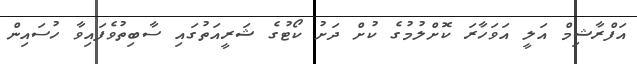
އަފްރާޝިމް އަލީ އަވަހާރަ ކޮށްލުމުގެ ކުށް ދަށު ކޯޓުގެ ޝަރީއަތުގައި ސާބިތުވެފައިވާ ހުސައިން